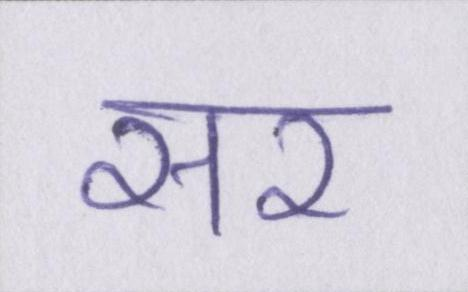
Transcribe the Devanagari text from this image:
सर